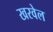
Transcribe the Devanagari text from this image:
खरवेल